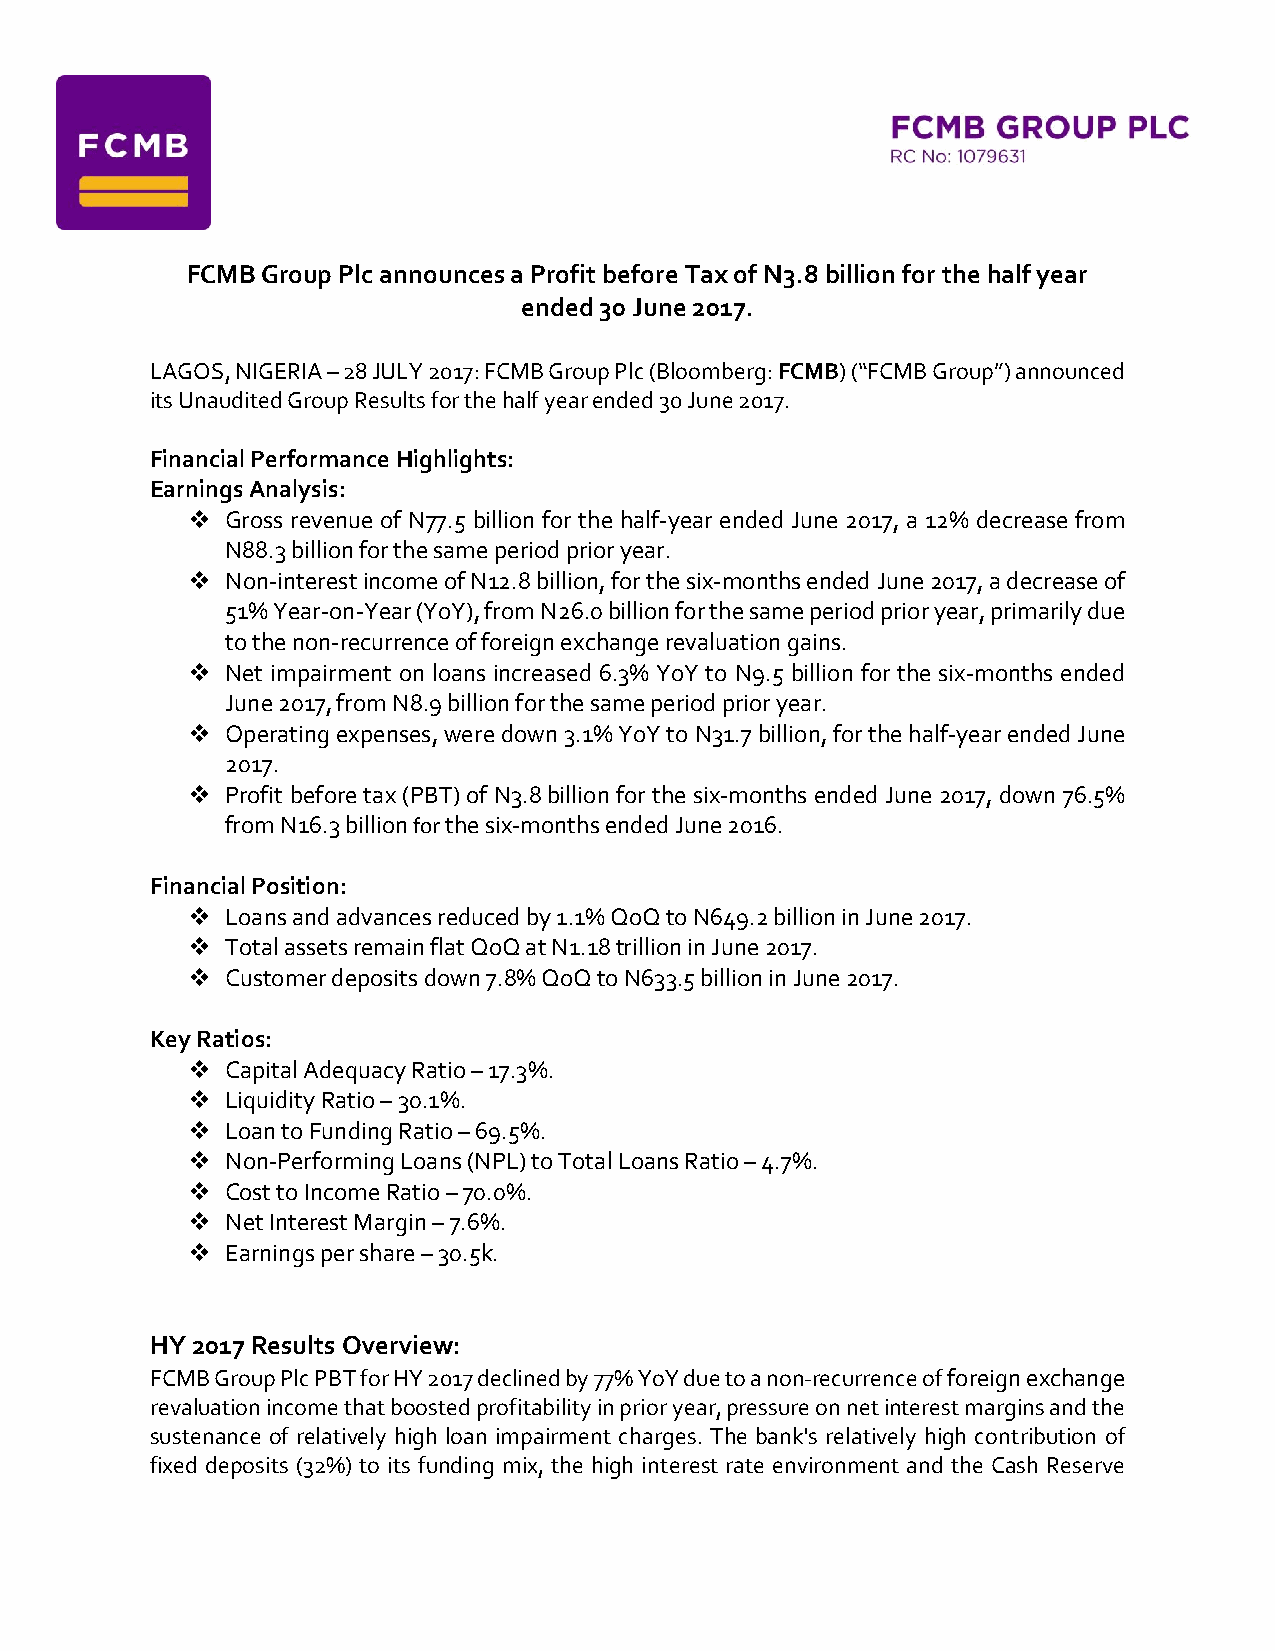
FCMB Group Plc announces a Profit before Tax of N3.8 billion for the half year
 ended 30 June 2017.
 LAGOS, NIGERIA – 28 JULY 2017: FCMB Group Plc (Bloomberg: FCMB) (“FCMB Group”) announced
 its Unaudited Group Results for the half year ended 30 June 2017.
 Financial Performance Highlights:
 Earnings Analysis:
   Gross revenue of N77.5 billion for the half-year ended June 2017, a 12% decrease from
 N88.3 billion for the same period prior year.
   Non-interest income of N12.8 billion, for the six-months ended June 2017, a decrease of
 51% Year-on-Year (YoY), from N26.0 billion for the same period prior year, primarily due
 to the non-recurrence of foreign exchange revaluation gains.
   Net impairment on loans increased 6.3% YoY to N9.5 billion for the six-months ended
 June 2017, from N8.9 billion for the same period prior year.
   Operating expenses, were down 3.1% YoY to N31.7 billion, for the half-year ended June
 2017.
   Profit before tax (PBT) of N3.8 billion for the six-months ended June 2017, down 76.5%
 from N16.3 billion for the six-months ended June 2016.
 Financial Position:
   Loans and advances reduced by 1.1% QoQ to N649.2 billion in June 2017.
   Total assets remain flat QoQ at N1.18 trillion in June 2017.
   Customer deposits down 7.8% QoQ to N633.5 billion in June 2017.
 Key Ratios:
   Capital Adequacy Ratio – 17.3%.
   Liquidity Ratio – 30.1%.
   Loan to Funding Ratio – 69.5%.
   Non-Performing Loans (NPL) to Total Loans Ratio – 4.7%.
   Cost to Income Ratio – 70.0%.
   Net Interest Margin – 7.6%.
   Earnings per share – 30.5k.
 HY 2017 Results Overview:
 FCMB Group Plc PBT for HY 2017 declined by 77% YoY due to a non-recurrence of foreign exchange
 revaluation income that boosted profitability in prior year, pressure on net interest margins and the
 sustenance of relatively high loan impairment charges. The bank's relatively high contribution of
 fixed deposits (32%) to its funding mix, the high interest rate environment and the Cash Reserve